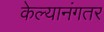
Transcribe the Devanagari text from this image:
केल्यानंगतर